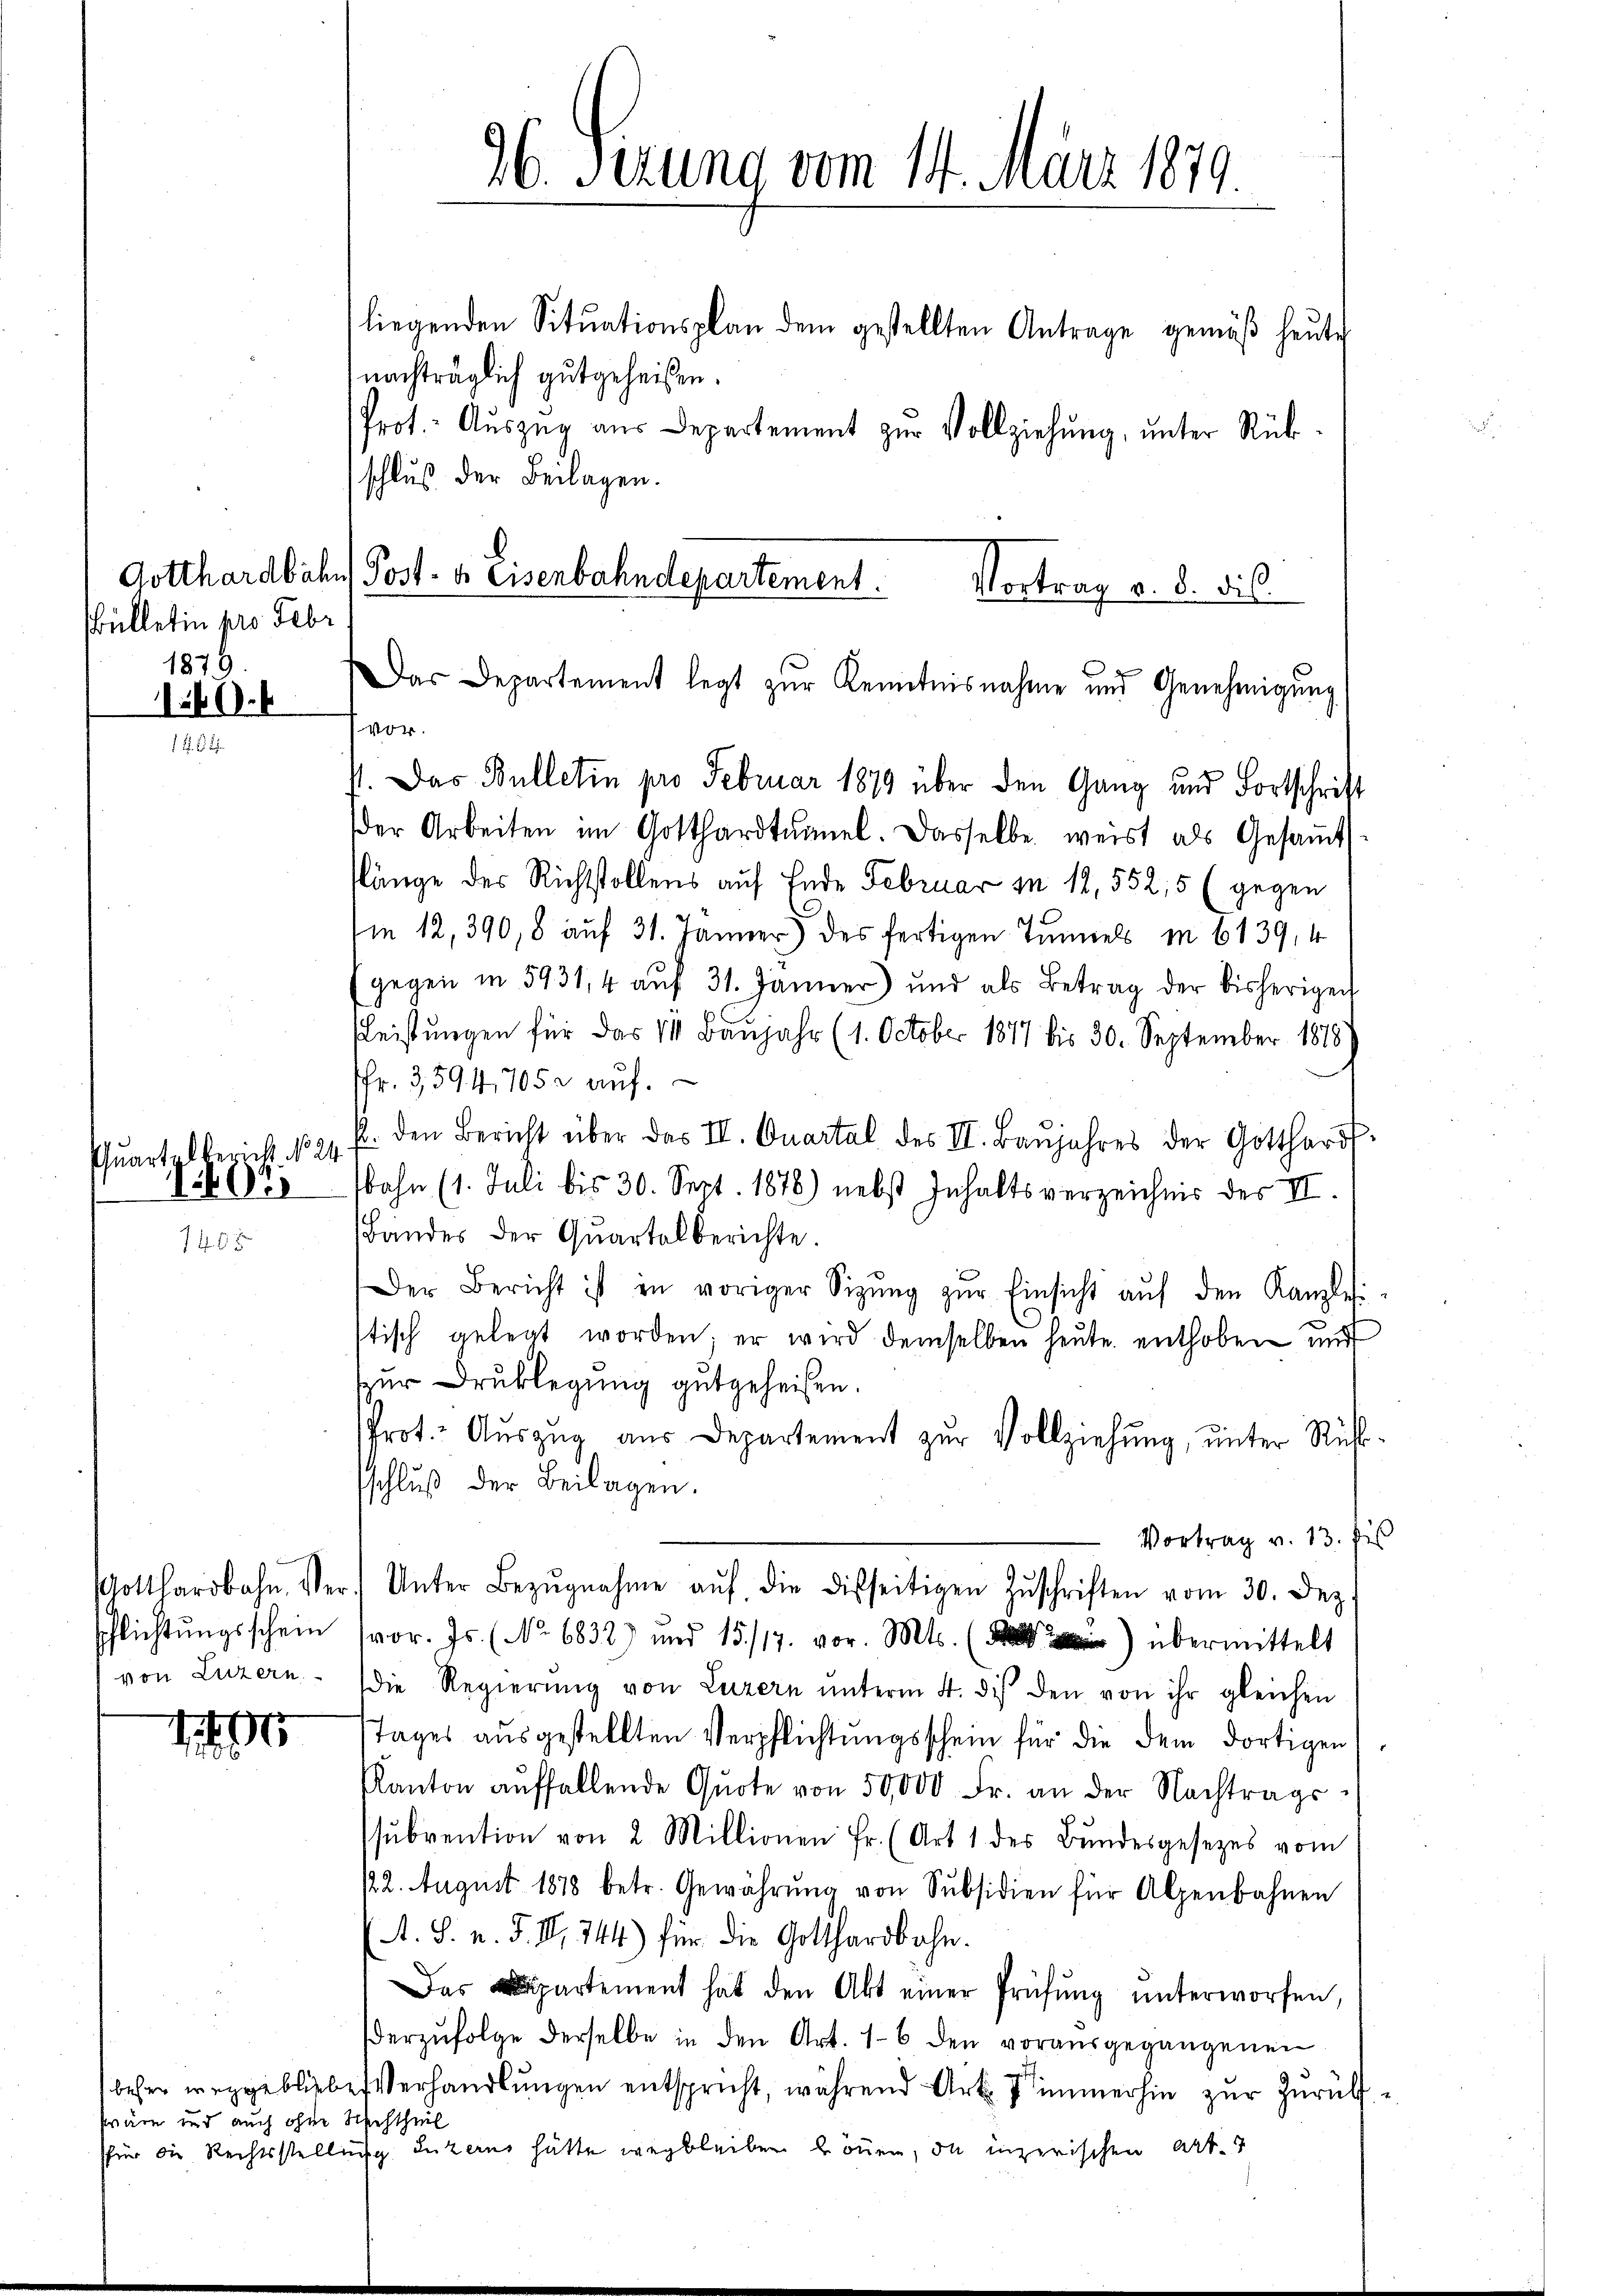
Bülletin pro Febr
1876.

166. 4

107

von Luzern

wäre und auch ohne Rechtheil

nachträglich gutgeheißen.
Prot. Auszug aus Departement zur Vollziehung, unter Rück
schluß der Beilagen.
Gotthardbahn Post- u. Eisenbahndepartement.
Das Departement legt zŭr Kenntnisnahme und Genehmigŭng
vor.
V. Das Bulletin pro Februar 1879 über den Gang und Fortschritt
der Arbeiten im Gotthardtŭmel. Dasselbe weist als Gesaṁt
slänge des Richtstollens auf Ende Februar in 12, 552, 5 (gegen
Im 12. 390,8 auf 31. Jänner) des fertigen Tunnels m 6139, 4
gegen in 5931,4 aŭf 31. Jänner) und als Betrag der bisherigen
Fleistungen für das 14 Baujahr (1. October 1817 bis 30. September 1818
Nr. 3594, 705 2 auf.
Qŭartzlbericht 131 f. den Bericht über das II. Quartal des II. Baŭjahres der Gotthardt-
sbahn (1. Juli bis 30. Sept. 1878) nebst Inhaltsverzeichnis der II.
Bandes der Quartalberichte.
Der Bericht ist in voriger Sizŭng zŭr Einsicht aŭf den Kanzle
stisch gelegt worden; er wird demselben heute enthoben und
ur Drucklegung gutgeheißen.
Prot. Aŭszŭg aŭs Departement zŭr Vollziehŭng ŭnter Rück-
schluß der Beilagen.
Vortrag v. 13. Je
Gotthardbahn. Ver. Unter Bezŭgnahme aŭf die disseitigen Zŭschriften vom 30. Dez.
schlichtŭngsschein (vor. Js. (No 6832) und 15./17. vor. Mts. () übermittelt
die Regierŭng von Luzern ŭnterm 4. di den von ihr gleichen
Tages ausgestellten Verpflichtungsschein für die dem dortigen
Kanton aŭffallende Quote von 50,000 Fr. an der Nachtrags-
ssŭbvention von 2 Millionen Fr. (Art. 1 des Bŭndesgesetzes vom
2. August 1878 betr. Gewährŭng von Subsidien für Alpenbahnen
(A. S. n. F. II, 244) für die Gotthardbahn.
Das partement hat den Akt einer Prüfŭng ŭnterworfen,
erzŭfolge derselbe in den Art. 16 den vorausgegangenen
beher weggebliebe Verhandlŭngen entspricht, während Art. 7 immerhin zŭr Zŭrük
sfür die Rechtsstellung Luzern hätte wegbleiben können, da inzerischen Art.

96. Ferung vom 14. März 1879.

liegenden Sitŭationsplan dem gestellten Antrage gemäβ heŭte

Vortrag d. d. dis